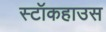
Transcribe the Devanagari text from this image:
स्टॉकहाउस